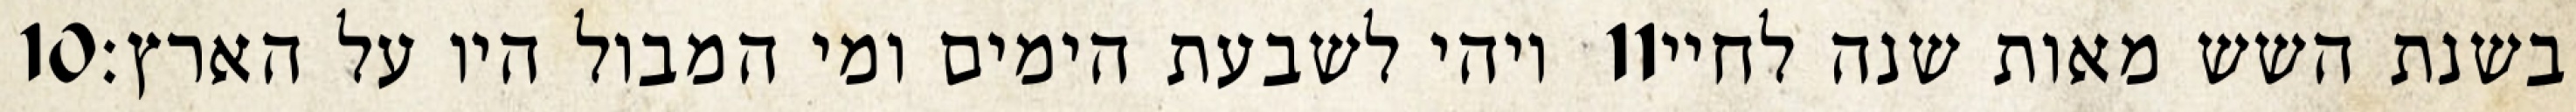
‎10‏ ויהי לשבעת הימים ומי המבול היו על הארץ׃ ‎11‏ בשנת השש מאות שנה לחיי